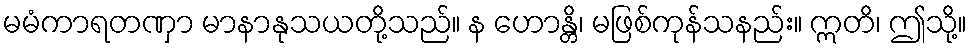
မမံကာရတဏှာ မာနာနုသယတို့သည်။ န ဟောန္တိ၊ မဖြစ်ကုန်သနည်း။ ဣတိ၊ ဤသို့။